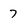
Character: 7